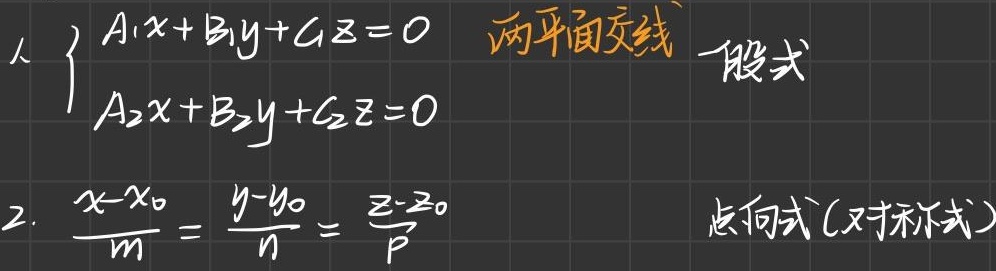
1.
\(\begin{cases}
A_{1}x + B_{1}y + C_{1}z = 0 \\
A_{2}x + B_{2}y + C_{2}z = 0
\end{cases}\)
两平面交线 一般式

2. \(\frac{x - x_{0}}{m} = \frac{y - y_{0}}{n} = \frac{z - z_{0}}{p}\)
点向式(对称式)